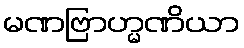
မဏဗြာဟ္မဏိယာ